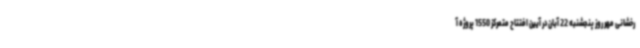
رخشانی مهر روز پنجشنبه 22 آبان در آیین افتتاح متمرکز 1550 پروژه آ